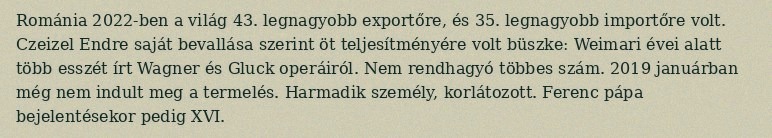
Románia 2022-ben a világ 43. legnagyobb exportőre, és 35. legnagyobb importőre volt. Czeizel Endre saját bevallása szerint öt teljesítményére volt büszke: Weimari évei alatt több esszét írt Wagner és Gluck operáiról. Nem rendhagyó többes szám. 2019 januárban még nem indult meg a termelés. Harmadik személy, korlátozott. Ferenc pápa bejelentésekor pedig XVI.